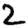
Digit: 2